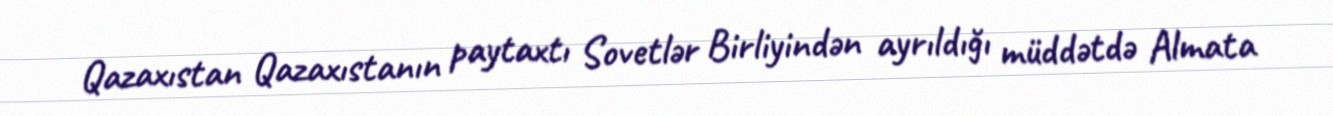
Qazaxıstan Qazaxıstanın paytaxtı Sovetlər Birliyindən ayrıldığı müddətdə Almata